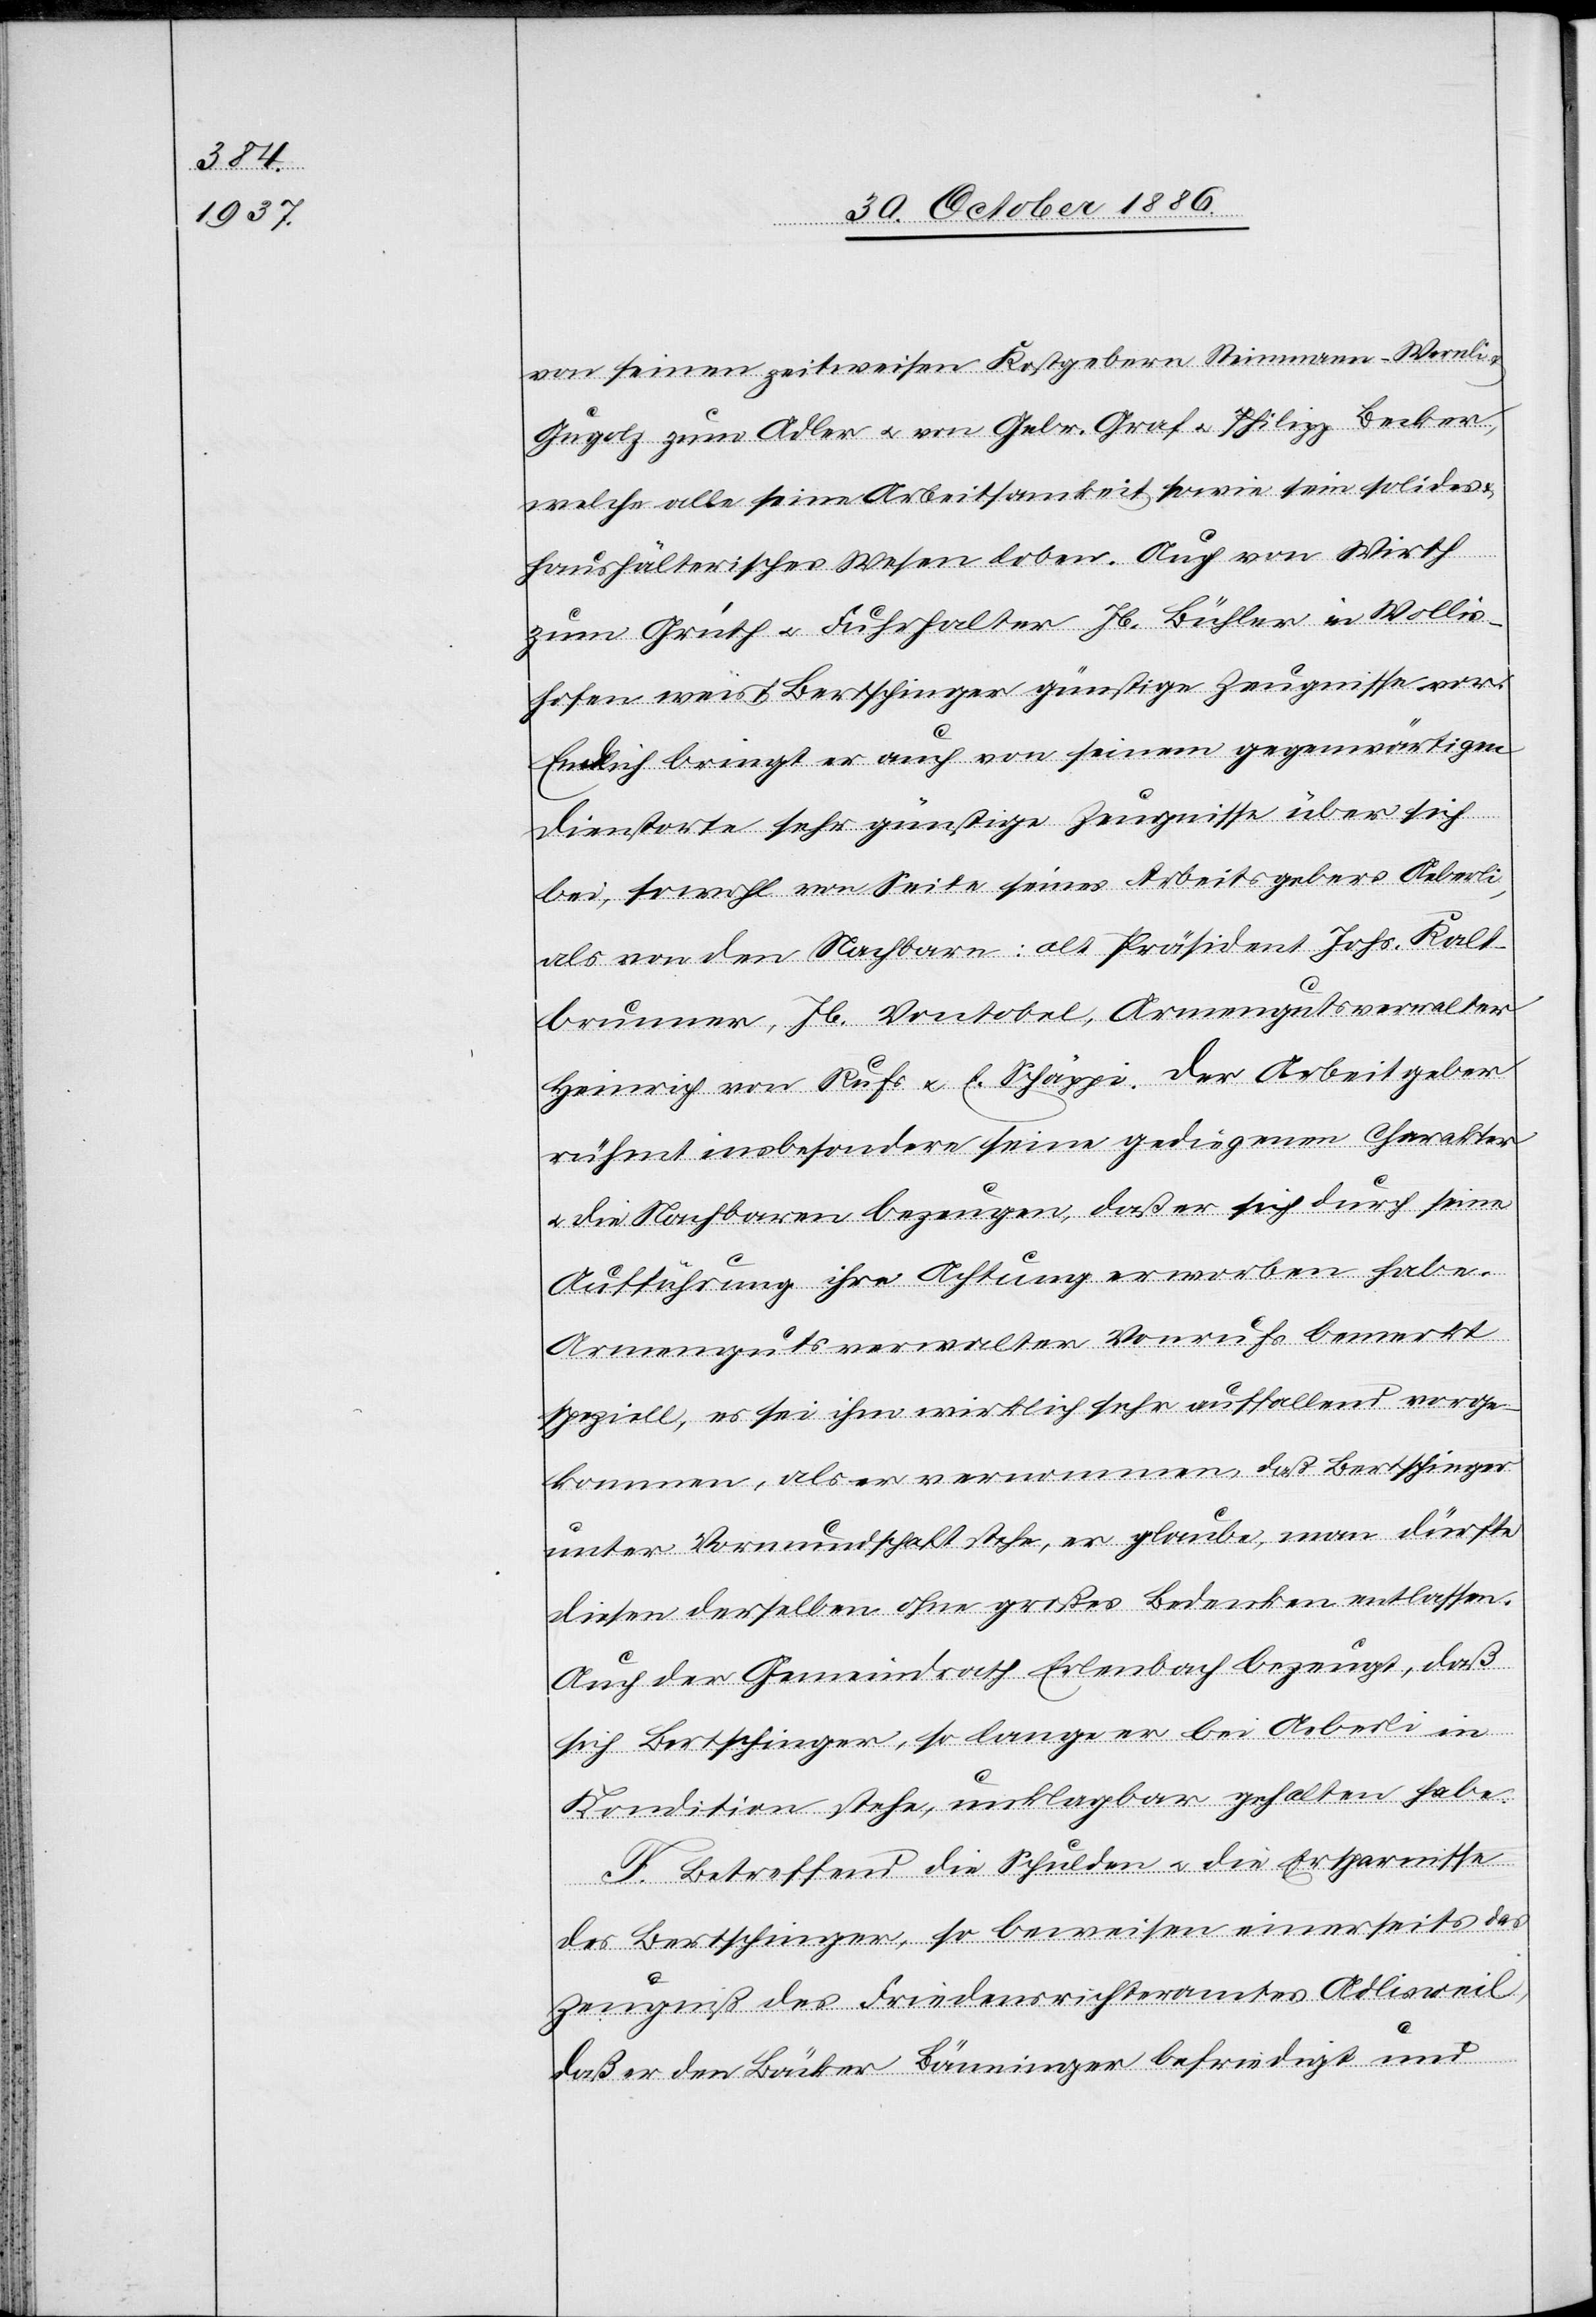
von seinen zeitweisen Kostgebern Steinmann-Wernli
Gugolz zum Adler & von Gebr. Graf & Philipp Becker,
welche alle seine Arbeitsamkeit sowie sein solides
haushälterisches Wesen loben. Auch von Wirth
zum Grüth & Fuhrhalter Jb. Bühler in Wollis¬
hofen weist Bertschinger günstige Zeugnisse vor.
Endlich bringt er auch von seinem gegenwärtigen
Dienstorte sehr günstige Zeugnisse über sich
bei, sowohl von Seite seines Arbeitsgebers Aeberli,
als von den Nachbarn: alt Präsident Johs. Kalt¬
brunnen, Jb. Vontobel, Armengutsverwalter
Heinrich von Rufs & E. Schäppi. Der Arbeitgeber
rühmt insbesondere seine[n] gediegenen Charakter
die Nachbaren bezeugen, daß er sich durch seine
Aufführung ihre Achtung erworben habe.
Armengutsverwalter Vonrufs [sic!] bemerkt
speziell, es sei ihm wirklich sehr auffallend vorge¬
kommen, als er es vernommen, daß Bertschinger
unter Vormundschaft stehe, er glaube, man dürfte
diesen derselben ohne großes Bedenken entlassen.
Auch der Gemeindrath Erlenbach bezeugt, daß
sich Bertschinger, so lange er bei Aeberli in
Kondition stehe, unklagbar gehalten habe.
F. Betreffend die Schulden & die Ersparnisse
des Bertschinger, so beweisen einerseits das
Zeugniß des Friedensrichteramtes Adlisweil,
daß er den Bäcker Bänninger befriedigt und